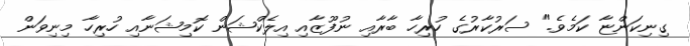
ގިނިކަންޏާ ކަމެވެ." ސަރުކާރުގެ ހުރިހާ ބާރާއި ނުފޫޒާއި އިލެކްޝަން ކޮމިޝަނާއި ހުރިހާ މިނިވަން